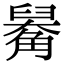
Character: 𧤑